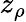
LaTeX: z_{\rho}